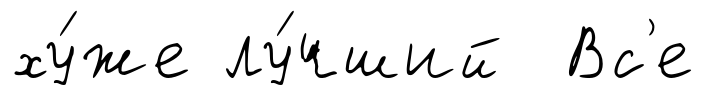
ху́же лу́чший Вс'е